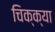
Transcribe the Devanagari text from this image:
चिक्क्या